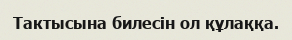
Тактысына билесін ол құлаққа.